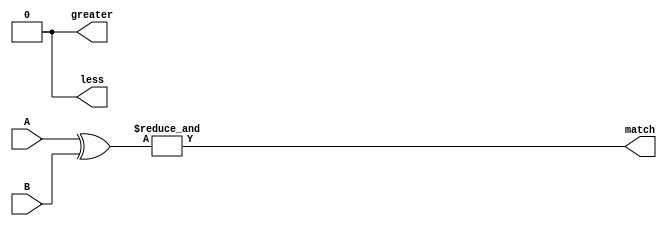
module comparator(
    input [3:0] A,
    input [3:0] B,
    output match,
    output greater,
    output less
);

wire [3:0] equal;
wire [3:0] greater_than;
wire [3:0] less_than;

assign equal = A ^ B;
assign greater_than = (A > B);
assign less_than = (A < B);

assign match = &equal;
assign greater = &greater_than;
assign less = &less_than;

endmodule